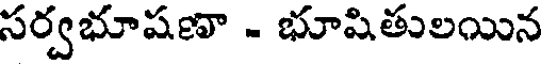
సర్వభూషణా - భూషితులయిన